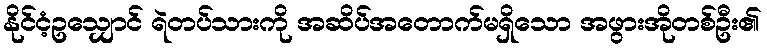
နိုင်ငံ့ဥသျှောင် ရဲတပ်သားကို အဆိပ်အတောက်မရှိသော အဖွားအိုတစ်ဦး၏